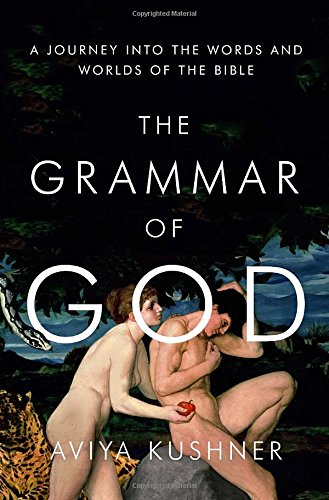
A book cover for The Grammar of God: A Journey into the Words and Worlds of the Bible; Aviya Kushner; Christian Books & Bibles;